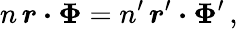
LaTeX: n\, \boldsymbol r\boldsymbol\cdot\boldsymbol\Phi=n^{\prime}\, \boldsymbol r^{\prime}\boldsymbol\cdot\boldsymbol\Phi^{\prime}\, ,